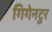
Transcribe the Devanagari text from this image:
गिगेनटुर